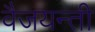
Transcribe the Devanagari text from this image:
वैजयन्‍ती